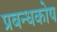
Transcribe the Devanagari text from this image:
प्रबन्धकोष